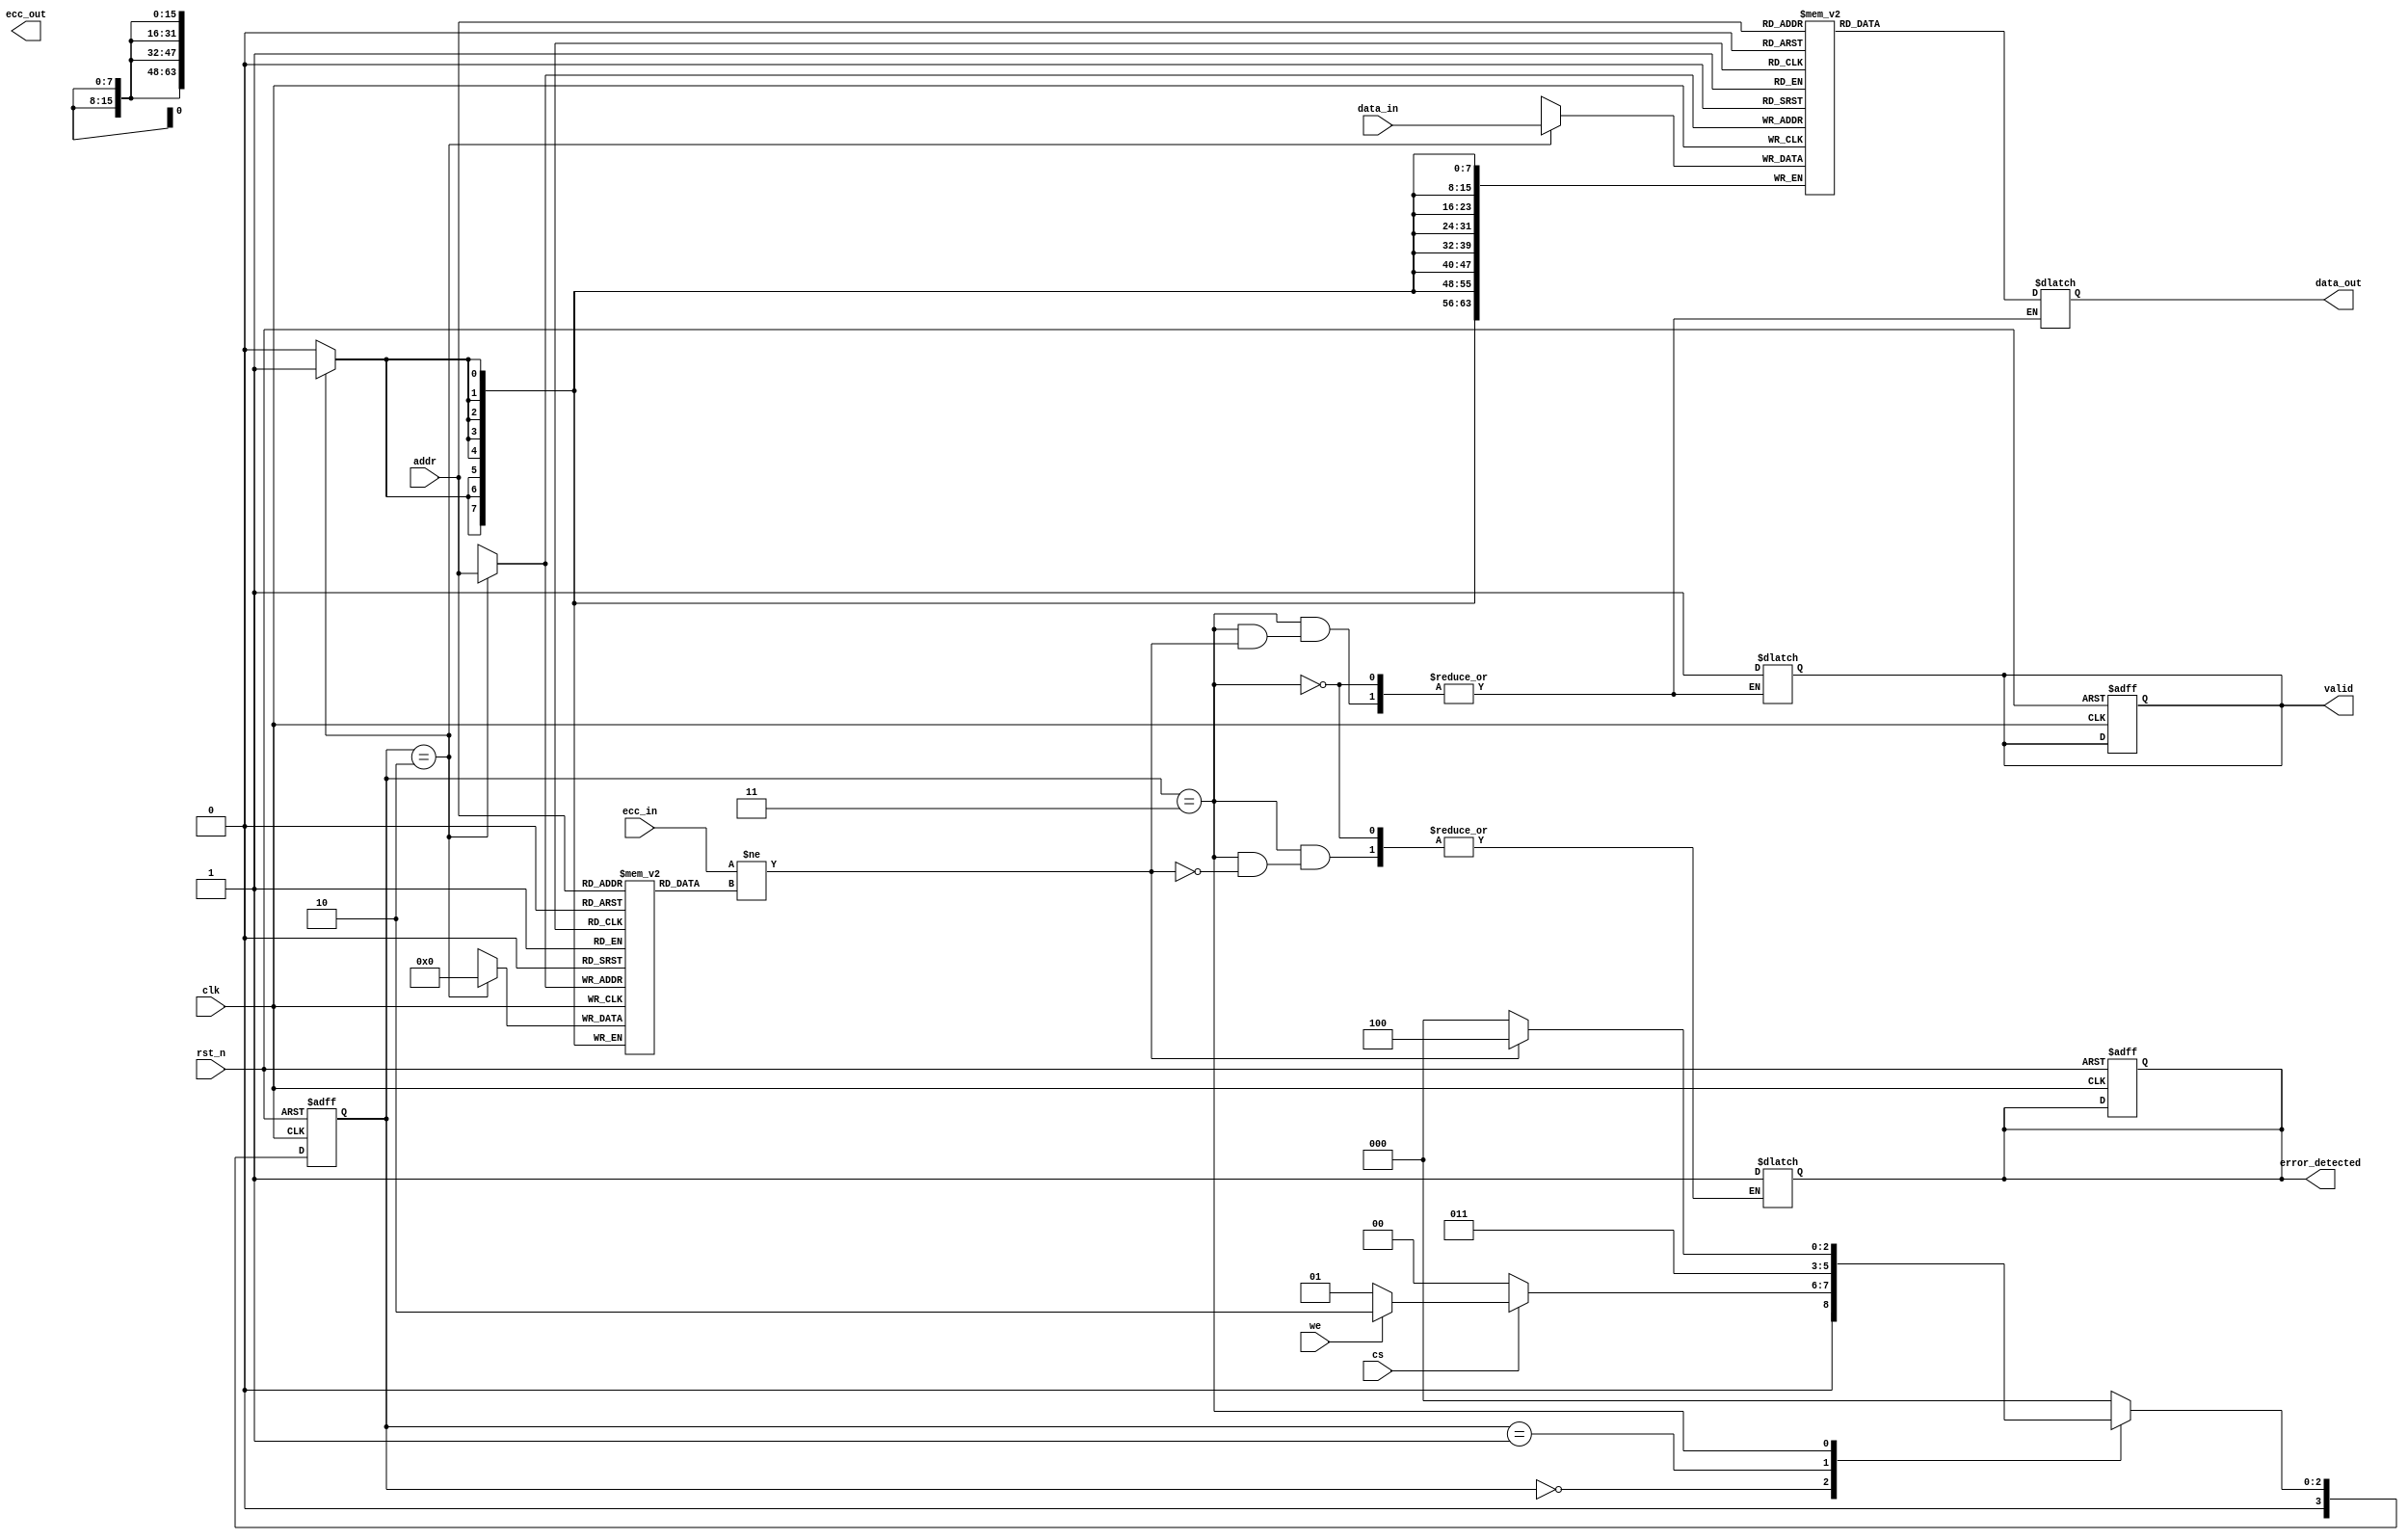
module ecc_dram_io_block #(
    parameter DATA_WIDTH = 64,
    parameter ADDR_WIDTH = 16,
    parameter ECC_BITS = 8
)(
    input wire clk,
    input wire rst_n,
    input wire cs, // Chip Select
    input wire we, // Write Enable
    input wire [ADDR_WIDTH-1:0] addr, // Address Bus
    input wire [DATA_WIDTH-1:0] data_in, // Data Input
    output reg [DATA_WIDTH-1:0] data_out, // Data Output
    output reg valid, // Valid Data Signal
    output reg [ECC_BITS-1:0] ecc_out, // ECC Output
    input wire [ECC_BITS-1:0] ecc_in, // ECC Input for Error Checking
    output reg error_detected // Error Detection Signal
);

// Internal signals
reg [DATA_WIDTH-1:0] memory [0:(1 << ADDR_WIDTH)-1]; // Memory Array
reg [ECC_BITS-1:0] ecc_memory [0:(1 << ADDR_WIDTH)-1]; // ECC Memory Array
reg [3:0] state; // State for FSM
reg [3:0] next_state; // Next State for FSM

// State Encoding
localparam IDLE = 4'b0000,
           READ = 4'b0001,
           WRITE = 4'b0010,
           ECC_CHECK = 4'b0011,
           ERROR = 4'b0100;

// ECC Encoding Function (Hamming Code Example)
function [ECC_BITS-1:0] ecc_encode(input [DATA_WIDTH-1:0] data);
    // Implement Hamming code or similar ECC encoding logic here
    ecc_encode = 0; // Placeholder
endfunction

// ECC Decoding Function
function [DATA_WIDTH-1:0] ecc_decode(input [DATA_WIDTH-1:0] data, input [ECC_BITS-1:0] ecc);
    // Implement ECC decoding and error correction logic here
    ecc_decode = data; // Placeholder
endfunction

// State Machine for Control Logic
always @(posedge clk or negedge rst_n) begin
    if (!rst_n) begin
        state <= IDLE;
        valid <= 0;
        error_detected <= 0;
    end else begin
        state <= next_state;
    end
end

// Next State Logic
always @(*) begin
    case (state)
        IDLE: begin
            if (cs) begin
                if (we) begin
                    next_state = WRITE;
                end else begin
                    next_state = READ;
                end
            end else begin
                next_state = IDLE;
            end
        end
        READ: begin
            next_state = ECC_CHECK;
        end
        WRITE: begin
            next_state = IDLE;
        end
        ECC_CHECK: begin
            if (ecc_in != ecc_memory[addr]) begin
                error_detected = 1;
                next_state = ERROR;
            end else begin
                data_out = ecc_decode(memory[addr], ecc_memory[addr]);
                valid = 1;
                next_state = IDLE;
            end
        end
        ERROR: begin
            // Handle error state (e.g., log error, signal interrupt)
            next_state = IDLE;
        end
        default: next_state = IDLE;
    endcase
end

// Write Operation
always @(posedge clk) begin
    if (state == WRITE) begin
        memory[addr] <= data_in;
        ecc_memory[addr] <= ecc_encode(data_in);
    end
end

endmodule